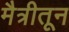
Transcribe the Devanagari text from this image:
मैत्रीतून